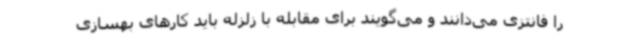
را فانتزی می‌دانند و می‌گویند برای مقابله با زلزله باید کارهای بهسازی